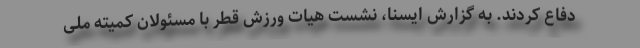
دفاع کردند. به گزارش ایسنا، نشست هیات ورزش قطر با مسئولان کمیته ملی